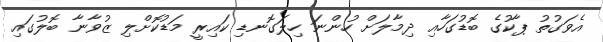
އެވަގުތު ޕާކުގެ ބޮޑުގަހާއި ދިމާލަށް ހުންނަ ހިލަގޮނޑި ކައިރީ މަޑުކޮށްލި ޒުވާނާ ބޮލުގައި